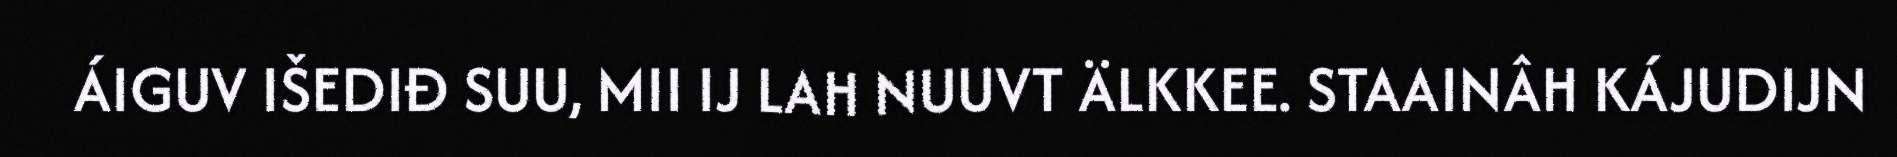
ÁIGUV IŠEDIĐ SUU, MII IJ LAH NUUVT ÄLKKEE. STAAINÂH KÁJUDIJN